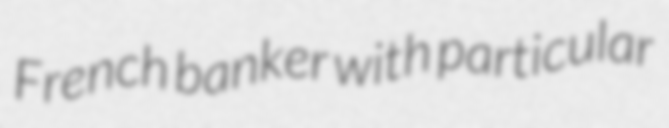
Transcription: French banker with particular